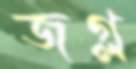
জগ্ল